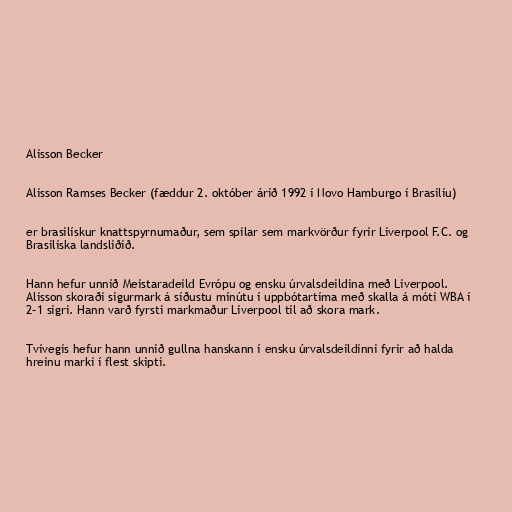
Alisson Becker

Alisson Ramses Becker (fæddur 2. október árið 1992 í Novo Hamburgo í Brasilíu)

er brasilískur knattspyrnumaður, sem spilar sem markvörður fyrir Liverpool F.C. og
Brasilíska landsliðið.

Hann hefur unnið Meistaradeild Evrópu og ensku úrvalsdeildina með Liverpool.
Alisson skoraði sigurmark á síðustu mínútu í uppbótartíma með skalla á móti WBA í
2–1 sigri. Hann varð fyrsti markmaður Liverpool til að skora mark.

Tvívegis hefur hann unnið gullna hanskann í ensku úrvalsdeildinni fyrir að halda
hreinu marki í flest skipti.